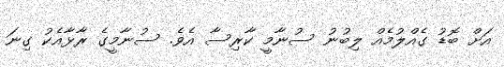
އަށް ބޮޑު ގެއްލުމެއް ލިބުނު ސުނާމީ ކާރިސާ އެވެ. ސުނާމީގެ ރާޅާއެކު ގިނަ